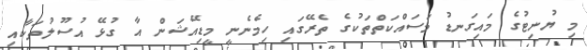
މި ޔުނިޓުގެ މައިގަނޑު މަސައްކަތްތަކުގެ ތެރޭގައި ހިމެނެނީ މީޑިއޭޝަން އާ ގުޅޭ އުސޫލުތަކާއި